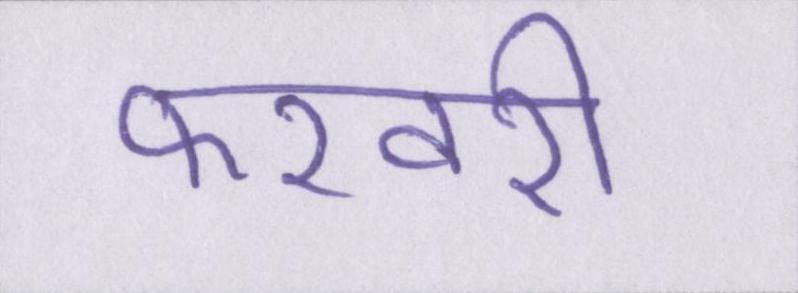
फरवरी